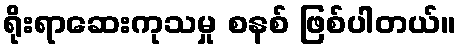
ရိုးရာဆေးကုသမှု စနစ် ဖြစ်ပါတယ်။